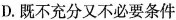
D.既不充分又不必要条件